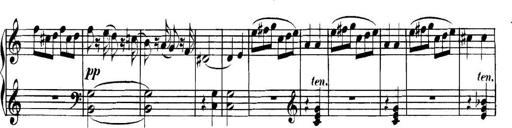
Title: Collected Piano Sonatas
Composer: Muzio Clementi